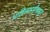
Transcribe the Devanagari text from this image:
आदिलशाहीकडून